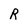
Character: R